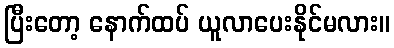
ပြီးတော့ နောက်ထပ် ယူလာပေးနိုင်မလား။